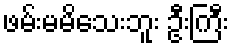
ဖမ်းမမိသေးဘူး ဦးကြီး